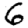
Digit: 6